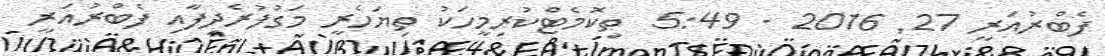
ފެބްރުއަރީ 27